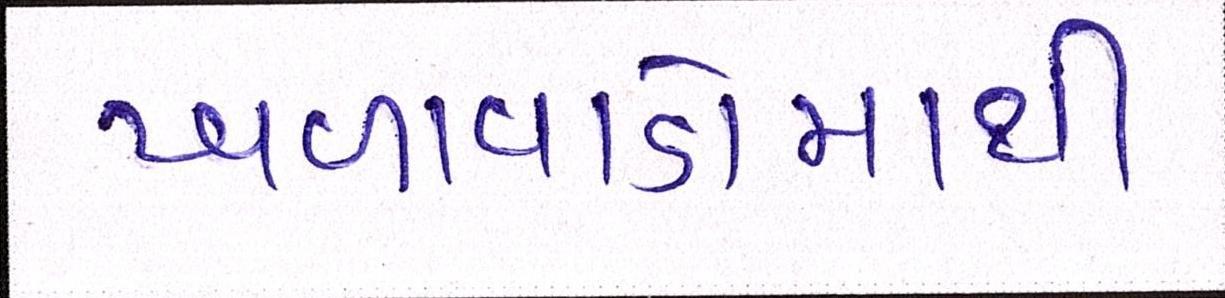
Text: ખળાવાડોમાંથી